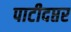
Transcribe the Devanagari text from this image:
पाटीदप्तर